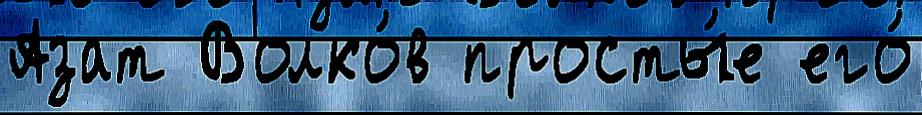
Азат Волко́в просты́е его́